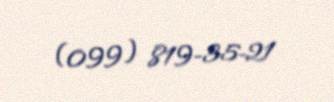
(099) 819-35-21